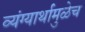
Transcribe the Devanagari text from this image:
व्यंग्यार्थामुळेच